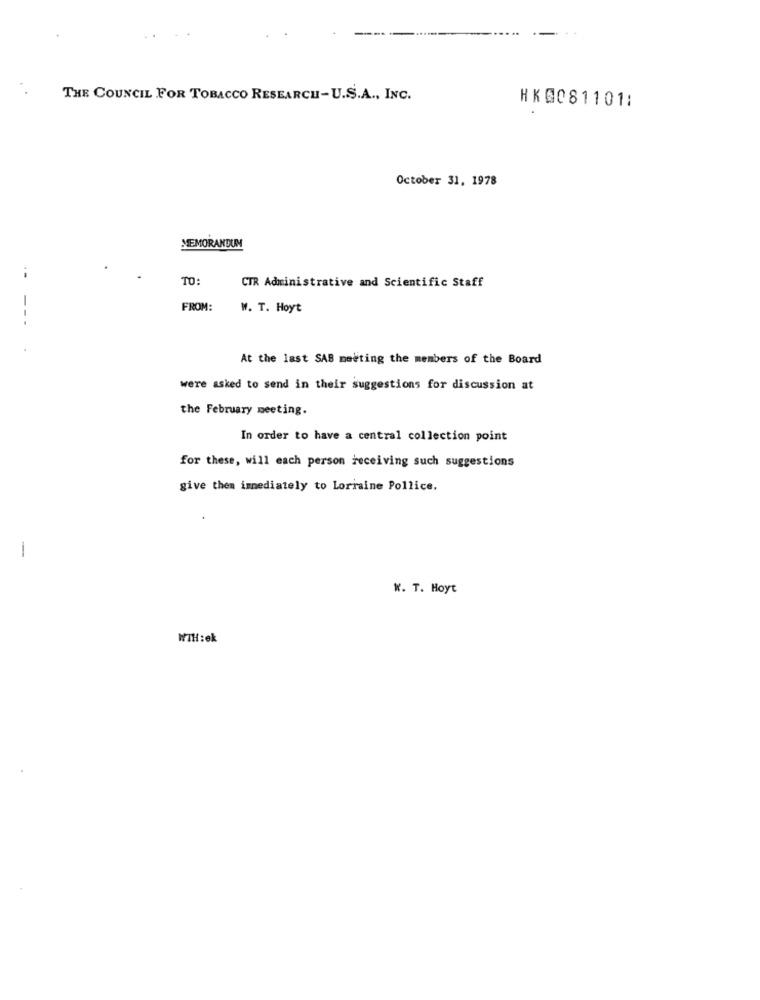
THE COUNCIL FOR TOBACCO RESEARCH-U.S.A ., INC.
HK@081101:
October 31, 1978
MEMORANDUM
..
TO:
CTR Administrative and Scientific Staff
FROM:
W. T. Hoyt
At the last SAB meeting the members of the Board
were asked to send in their suggestions for discussion at
the February meeting.
In order to have a central collection point
for these, will each person receiving such suggestions
give them immediately to Lorraine Pollice.
-
W. T. Hoyt
MIH:ek